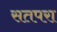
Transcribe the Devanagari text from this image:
सतपरा